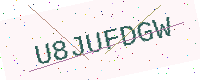
Text: U8JUFDGW